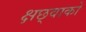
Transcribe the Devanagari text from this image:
क्षछ्वाको